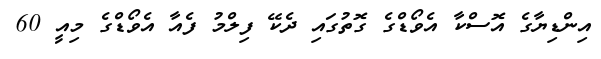
އިންޑިޔާގެ އޮސްކާ އެވޯޑްގެ ގޮތުގައި ދެކޭ ފިލްމު ފެއާ އެވޯޑްގެ މިއީ 60